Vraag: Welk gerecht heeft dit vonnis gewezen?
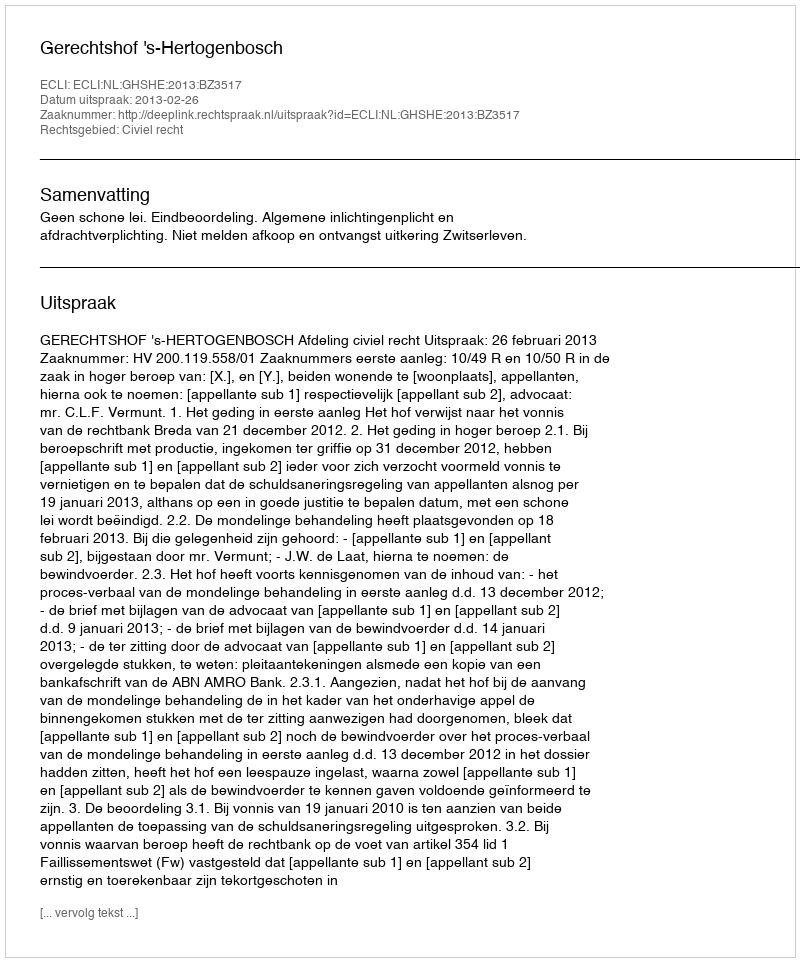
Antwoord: Gerechtshof 's-Hertogenbosch